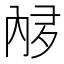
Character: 𫤩